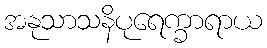
အနုသာသနိပုရေက္ခာရာယ